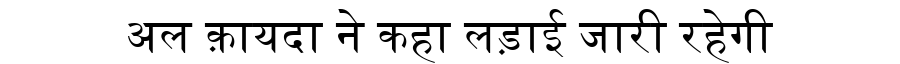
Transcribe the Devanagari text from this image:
अल क़ायदा ने कहा लड़ाई जारी रहेगी